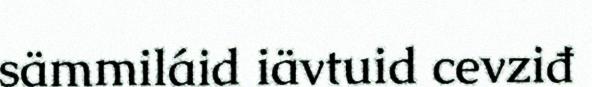
sämmiláid iävtuid cevziđ